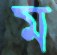
ম